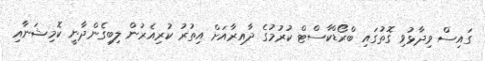
ގައިސް ވިދާޅުވި ގޮތުގައި ބްރޯޑްކާސްޓް ކުރުމުގެ ދާއިރާއަށް އިތުރު ކުރިއެރުން ލިބިގެންދާނީ ކޮމިޝަނާއި